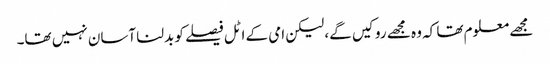
مجھے معلوم تھا کہ وہ مجھے روکیں گے، لیکن امی کے اٹل فیصلے کو بدلنا آسان نہیں تھا۔